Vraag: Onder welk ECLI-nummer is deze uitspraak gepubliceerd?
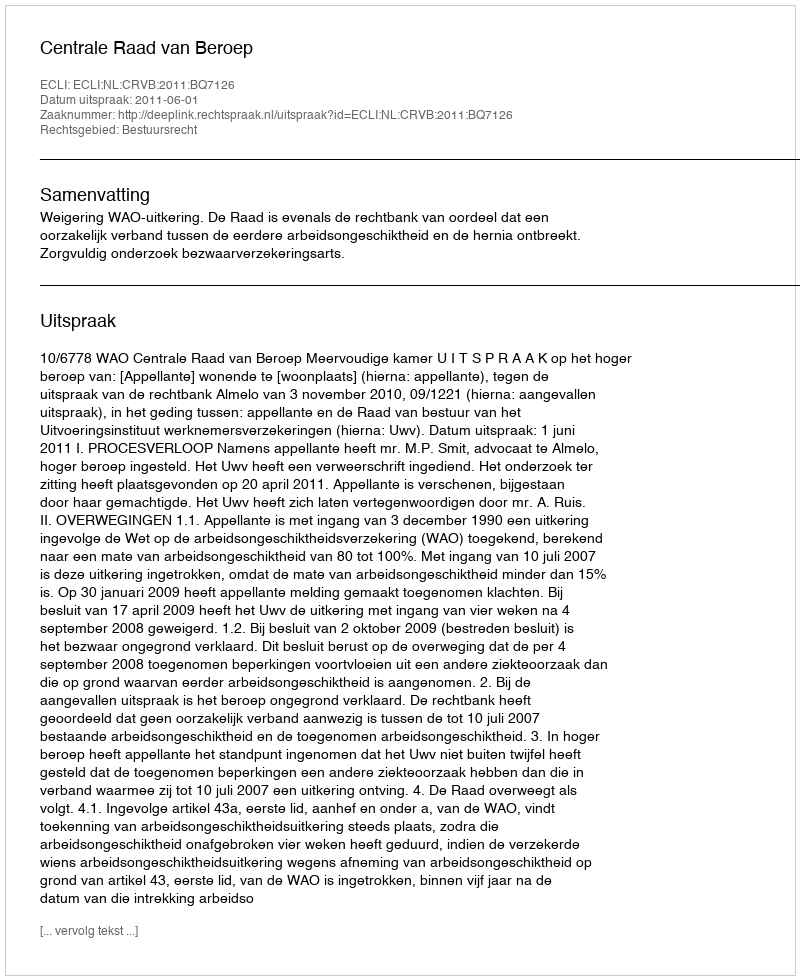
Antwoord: ECLI:NL:CRVB:2011:BQ7126